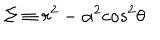
\Sigma \equiv r ^ { 2 } - \alpha ^ { 2 } c o s ^ { 2 } \theta